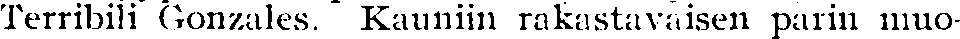
Terribili Gonzales. Kauniin rakastavaisen parin muo-